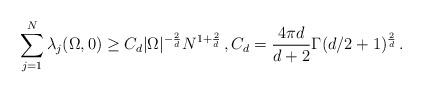
LaTeX: \begin{align*}\sum_{j=1}^N\lambda_j(\Omega,0)\ge C_d|\Omega|^{-\frac{2}{d}}N^{1+\frac{2}{d}}\,,C_d=\frac{4\pi d}{d+2}\Gamma(d/2+1)^{\frac{2}{d}}\,.\end{align*}